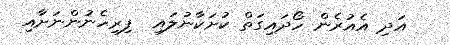
އަދި އެއުރެން ހޯދައިގަތް ކުށަކާނުލައި  ފިރިހެނުންނަށާއި